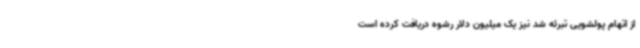
از اتهام پولشویی تبرئه شد نیز یک میلیون دلار رشوه دریافت کرده است